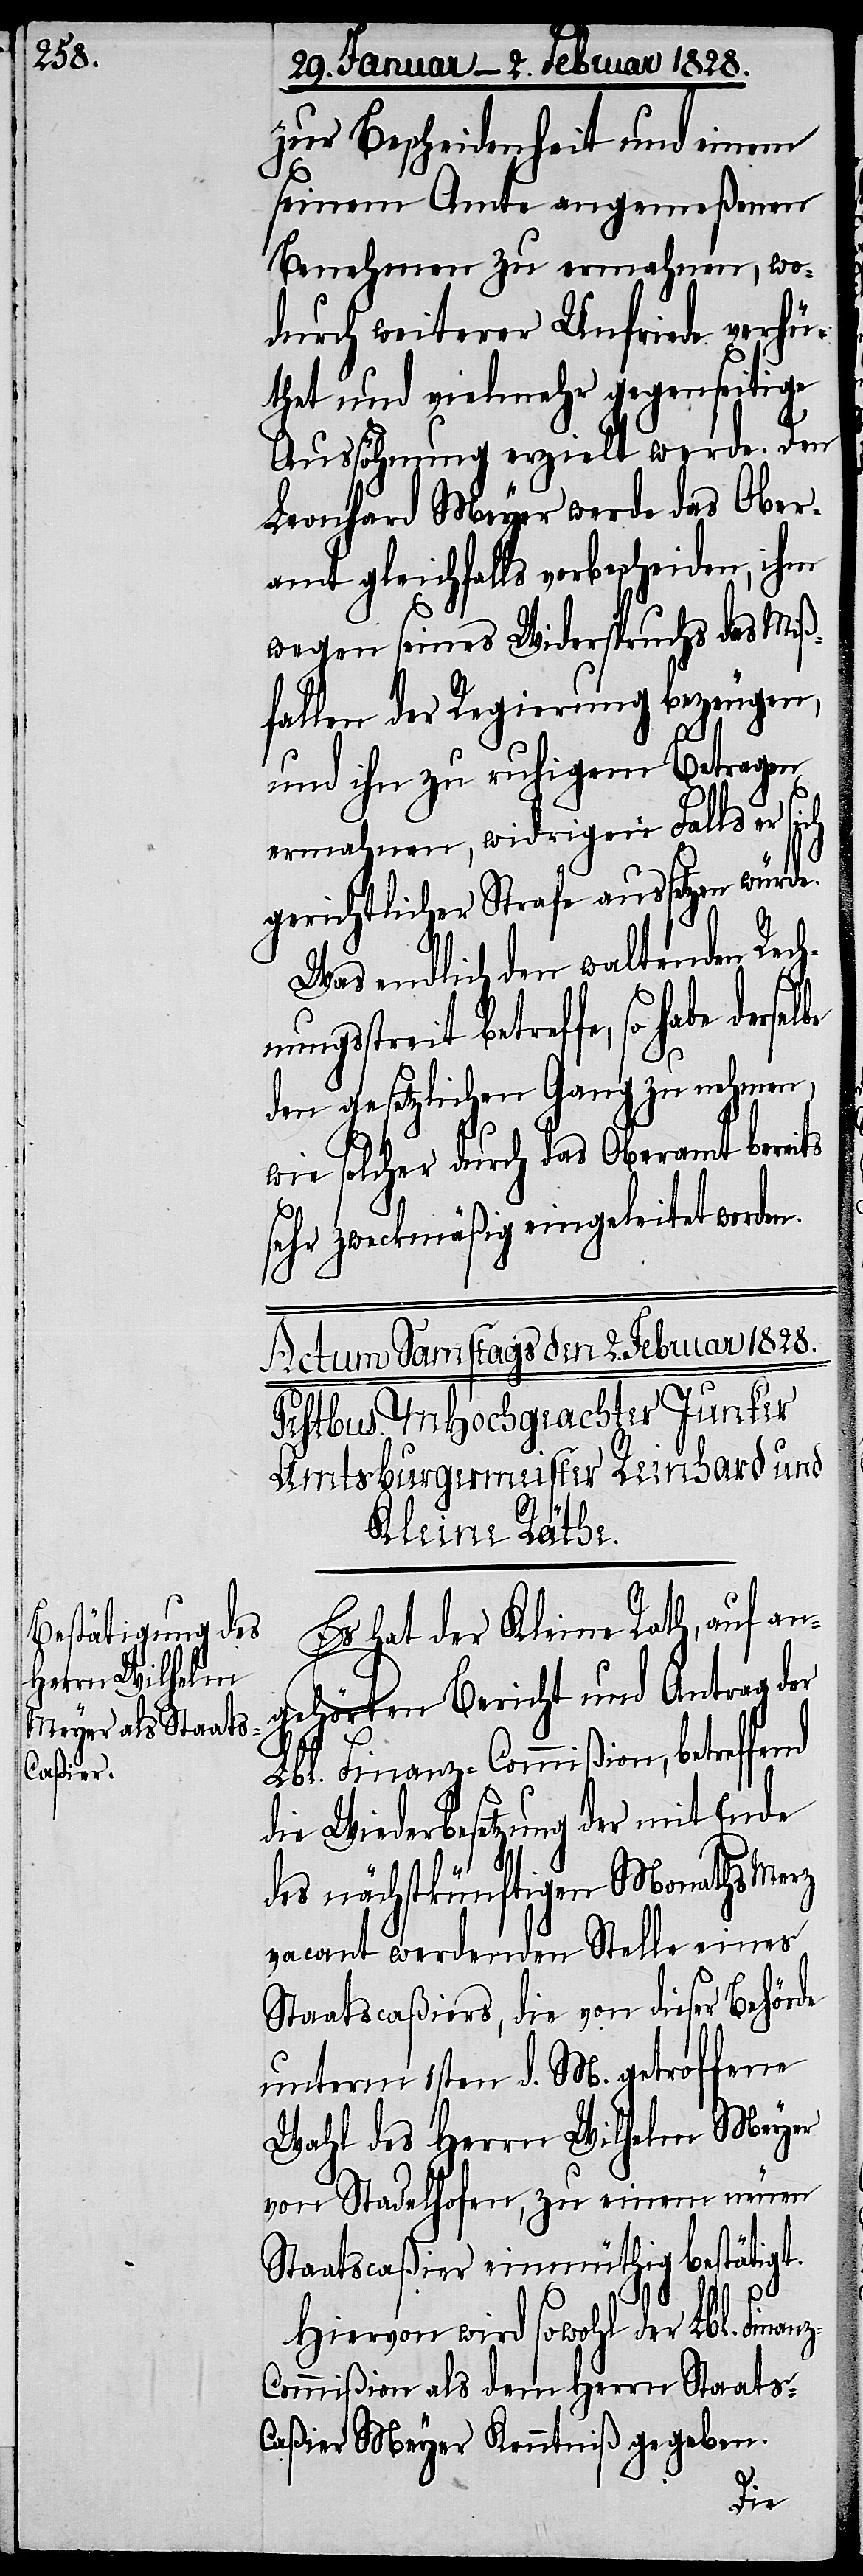
zur Bescheidenheit und einem
seinem Amte angemeßenen
Benehmen zu ermahnen, wo¬
durch weiterer Unfriede verhü¬
thet, und vielmehr gegenseitige
Aussöhnung erzielt werde. Den
Leonhard Meyer werde das Ober¬
amt gleichfalls vorbescheiden, ihm
wegen seines Widerspruchs das Miß¬
fallen der Regierung bezeugen,
und ihn zu ruhigern Betragen
ermahnen, widrigen Falls er sich
gerichtlicher Strafe aussetzen würde.
Was endlich den waltenden Rech¬
nungsstreit betreffe, so habe
den gesetzlichen Gang zu nehmen,
wie solcher durch das Oberamt bereits
sehr zweckmäßig eingeleitet worden.
Es hat der Kleine Rath, auf an¬
gehörten Bericht und Antrag der
Lbl. Finanz-Commißion, betreffend
die Wiederbesetzung der mit Ende
des nächstkünftigen Monaths Merz
vacant werdenden Stelle eines
Staatscaßiers, die von dieser Behörde
unterm 1sten d. M. getroffene
Wahl des Herrn Wilhelm Meyer
von Stadelhofen, zu einem neuen
Staatscaßier einmüthig bestätigt.
Hiervon wird sowohl der Lbl. Finan¬
z-Commißion als dem Herrn Staats-C¬
aßier Meyer Kenntniß gegeben.